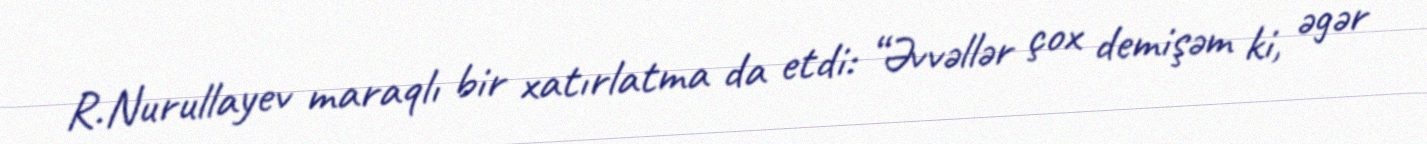
R.Nurullayev maraqlı bir xatırlatma da etdi: “Əvvəllər çox demişəm ki, əgər